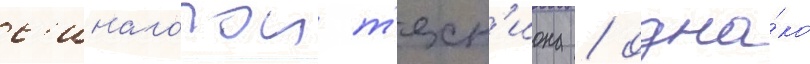
с'инагогои т'ехн'иона / одна́ко